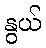
နွယ်